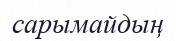
сарымайдың